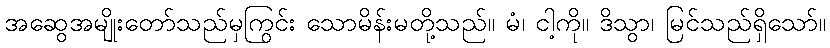
အဆွေအမျိုးတော်သည်မှကြွင်း သောမိန်းမတို့သည်။ မံ၊ ငါ့ကို။ ဒိသွာ၊ မြင်သည်ရှိသော်။